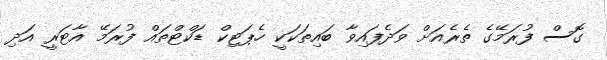
ގޮސް ފުރަމޭގެ ތެރެއަށް ވަދެފައިވާ ބައިތަކަކީ ހެޕަޓިކް ޑަކްޓްތައް ފުރަމޭ އާޓަރީ އަދި